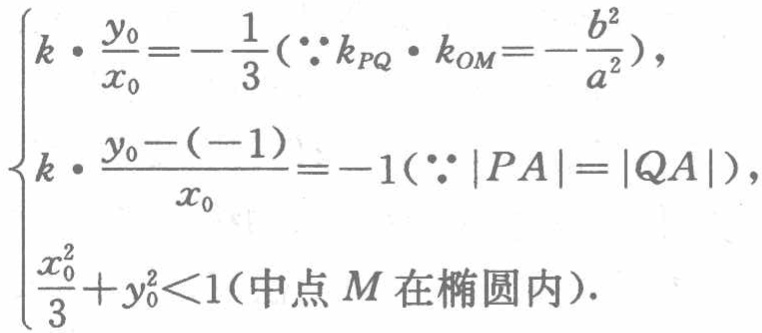
\[\begin{cases}

k\cdot\frac{y_0}{x_0}=-\frac{1}{3}(\because k_{PQ}\cdot k_{OM}=-\frac{b^2}{a^2}),\\

k\cdot\frac{y_0 - (-1)}{x_0}=-1(\because|PA| = |QA|),\\

\frac{x_0^2}{3}+y_0^2<1(\text{中点 }M\text{ 在椭圆内}).

\end{cases}\]